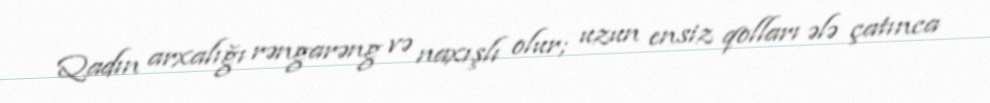
Qadın arxalığı rəngarəng və naxışlı olur; uzun ensiz qolları ələ çatınca